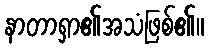
နာတာရှာ၏အသံဖြစ်၏။